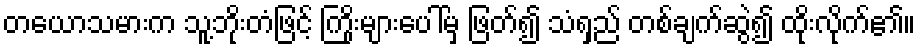
တယောသမားက သူ့ဘိုးတံဖြင့် ကြိုးများပေါ်မှ ဖြတ်၍ သံရှည် တစ်ချက်ဆွဲ၍ ထိုးလိုက်၏။